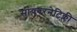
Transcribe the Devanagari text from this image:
सायबरनेटिक्ली